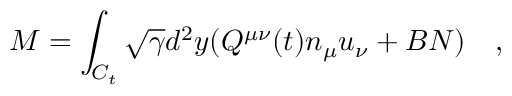
{ M } = \int _ { C _ { t } } \sqrt { \gamma } d ^ { 2 } y ( Q ^ { \mu \nu } ( t ) n _ { \mu } u _ { \nu } + B N ) ~ ~ ~ ,